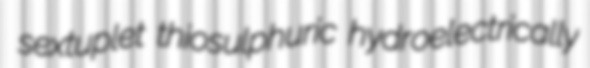
sextuplet thiosulphuric hydroelectrically